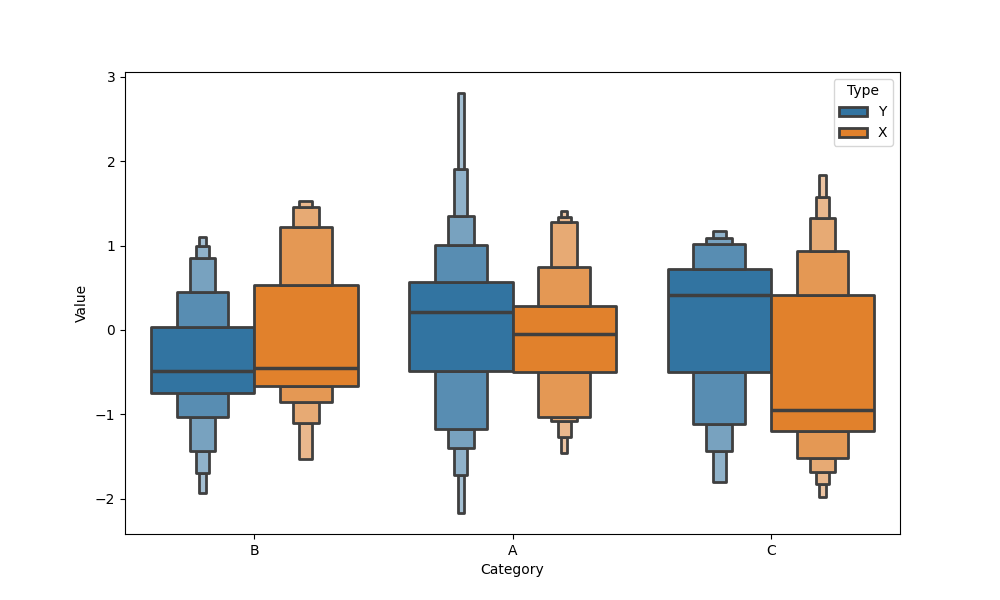
python, seaborn, boxenplot, k_depth='full', linewidth=2, scale='exponential', outlier_prop=0.1, showfliers=False